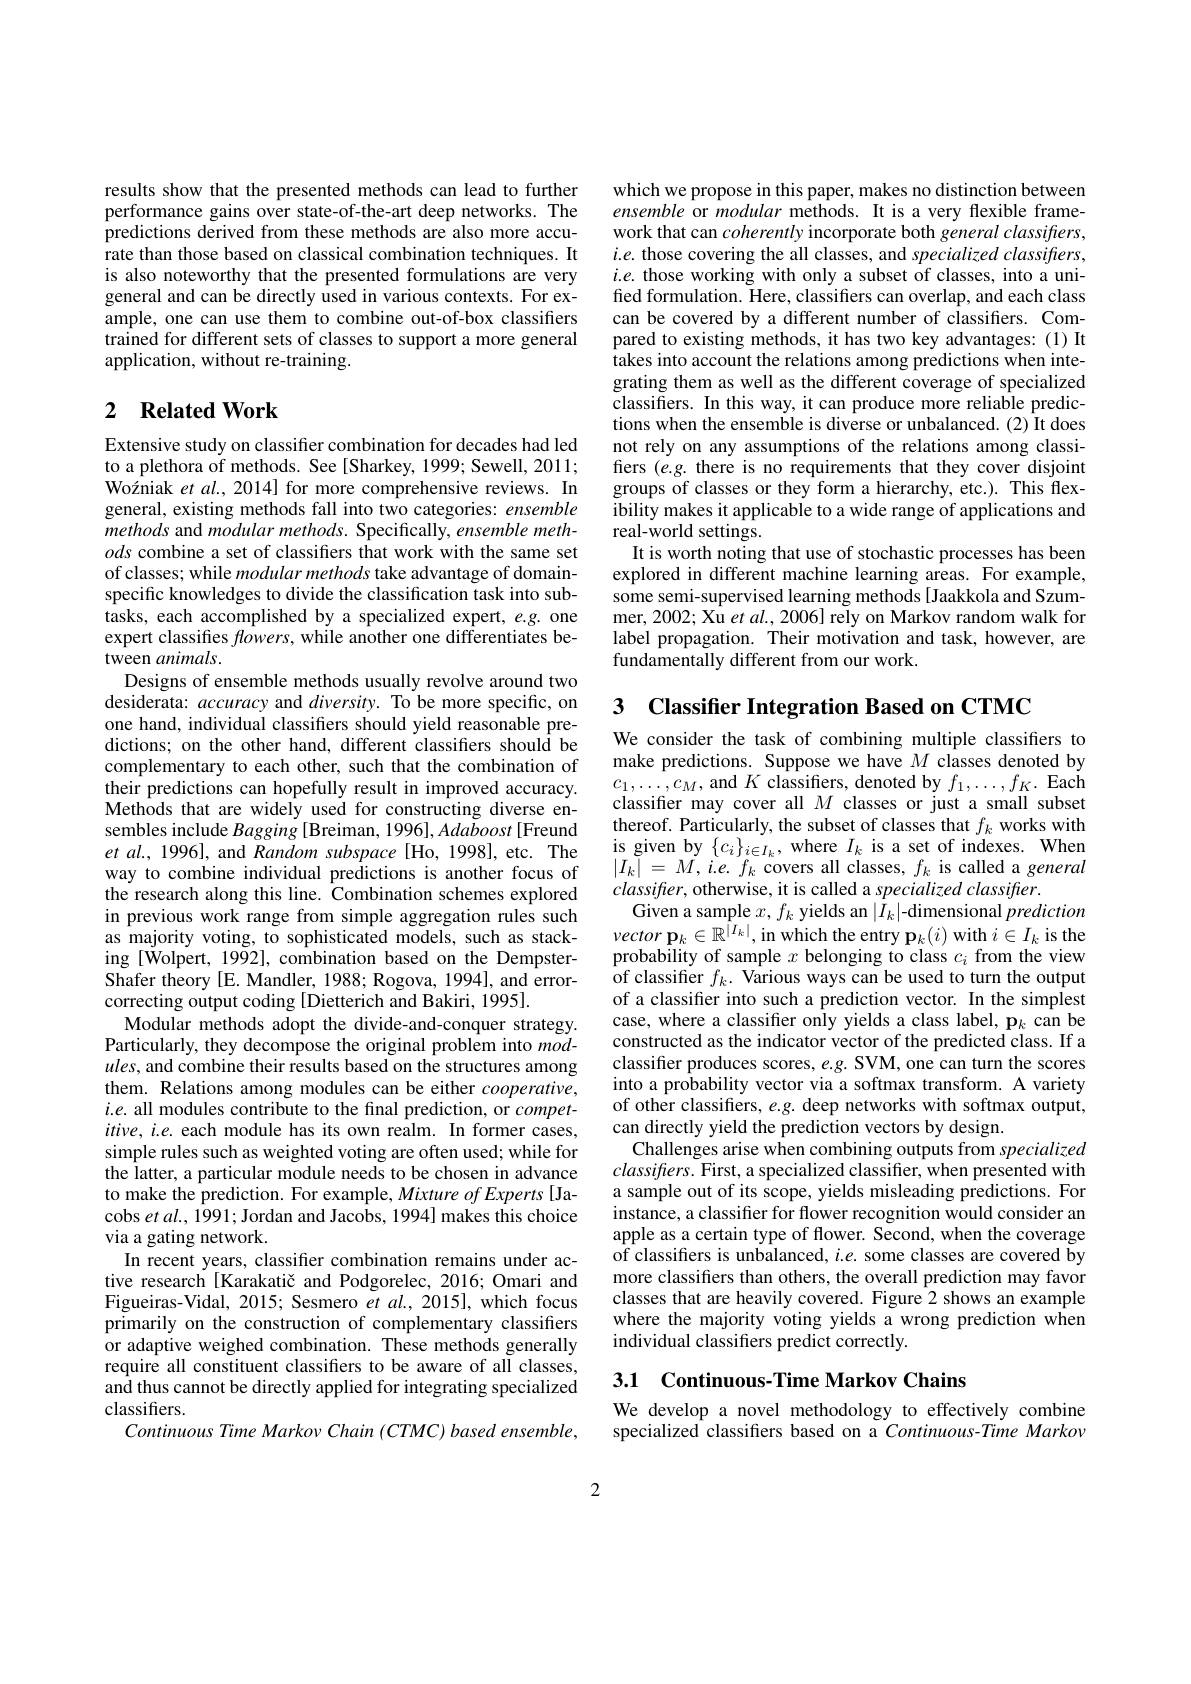
results show that the presented methods can lead to further performance gains over state-of-the-art deep networks. The predictions derived from these methods are also more accurate than those based on classical combination techniques. It is also noteworthy that the presented formulations are very general and can be directly used in various contexts. For example, one can use them to combine out-of-box classifiers trained for different sets of classes to support a more general application, without re-training.

## 2 $\textbf{Related Work}$

Extensive study on classifier combination for decades had led to a plethora of methods. See [Sharkey, 1999; Sewell, 2011; Wozniak et al., 2014] for more comprehensive reviews. In general, existing methods fall into two categories: ensemble methods and modular methods. Specifically, ensemble methods combine a set of classifiers that work with the same set of classes; while modular methods take advantage of domainspecific knowledges to divide the classification task into subtasks, each accomplished by a specialized expert, e.g. one expert classifies flowers, while another one differentiates between animals.
Designs of ensemble methods usually revolve around two desiderata: accuracy and diversity. To be more specific, on one hand, individual classifiers should yield reasonable predictions; on the other hand, different classifiers should be complementary to each other, such that the combination of their predictions can hopefully result in improved accuracy. Methods that are widely used for constructing diverse ensembles include Bagging [Breiman, 1996], Adaboost [Freund et al., 1996], and Random subspace[Ho, 1998], etc. The way to combine individual predictions is another focus of the research along this line. Combination schemes explored in previous work range from simple aggregation r
ing [Wolpert, 1992], combination based on the DempsterShafer theory [E. Mandler, 1988; Rogova, 1994], and errorcorrecting output coding [Dietterich and Bakiri, 1995].
Modular methods adopt the divide-and-conquer strategy. Particularly, they decompose the original problem into $mod-$ $ules$, and combine their results based on the structures among them. Relations among modules can be either $cooperative$, $i.e.$ all modules contribute to the final prediction, or $compet-$ $itive,i.e.$ each module has its own realm. In former cases, simple rules such as weighted voting are often used; while for the latter, a particular module needs to be chosen in advance to make the prediction. For example, Mixture of Experts [Jacobs et al., 1991; Jordan and Jacobs, 1994] makes this choice via a gating network.
In recent years, classifier combination remains under active research [Karakatič and Podgorelec, 2016; Omari and Figueiras-Vidal, 2015; Sesmero et $al.$, 2015], which focus primarily on the construction of complementary classifiers or adaptive weighed combination. These methods generally require all constituent classifiers to be aware of all classes, and thus cannot be directly applied for integrating specialized classifiers.
Continuous Time Markov Chain (CTMC) based ensemble,

which we propose in this paper, makes no distinction between ensemble or modular methods. It is a very flexible framework that can coherently incorporate both general classifiers, $i.e.$ those covering the all classes, and specialized classifiers, $i.e.$ those working with only a subset of classes, into a unified formulation. Here, classifiers can overlap, and each class can be covered by a different number of classifiers. Compared to existing methods, it has two key advantages: (1) It takes into account the relations among predictions when integrating them as well as the different coverage of specialized classifiers. In this way, it can produce more reliable predictions when the ensemble is diverse or unbalanced.(2) It does not rely on any assumptions of the relations among classifiers $(e.g.$ there is no requirements that they cover disjoint groups of classes or they form a hierarchy, etc.). This flexibility makes it applicable to a wide range of applications and real-world settings.
It is worth noting that use of stochastic processes has been explored in different machine learning areas. For example, some semi-supervised learning methods [Jaakkola and Szummer, 2002; Xu et $al.,2006]$ rely on Markov random walk for label propagation. Their motivation and task, however, are fundamentally different from our work.

3 Classifier Integration Based on CTMC

We consider the task of combining multiple classifiers to make predictions. Suppose we have $M$ classes denoted by $c_{1},\ldots,c_{M}$,and $K$ classifiers, denoted by $f_1,\ldots,f_{K}.$ Each classifier may cover all $M$ classes or just a small subset thereof. Particularly, the subset of classes that $f_k$ works with is given by $\{c_{i}\}_{i\in I_{k}}$,where $I_{k}$ is a set of indexes. When $|I_{k}|=M,i.e.f_{k}$ covers all classes, $f_k$ is called a general $classifter$, otherwise, it is called a specialized classifier.
probability of sample $x$ belonging to class $c_i$ from the view of classifier $f_k.$ Various ways can be used to turn the output of a classifier into such a prediction vector. In the simplest case, where a classifier only yields a class label, p_k can be constructed as the indicator vector of the predicted class. If a classifier produces scores, e.g. SVM, one can turn the scores into a probability vector via a softmax transform. A variety of other classifiers, $e.g.$ deep networks with softmax output, can directly yield the prediction vectors by design.
Challenges arise when combining outputs from specialized $classifiers.$ First, a specialized classifier, when presented with a sample out of its scope, yields misleading predictions. For instance, a classifier for flower recognition would consider an apple as a certain type of flower. Second, when the coverage of classifers is unbalanced, $i.e.$ some classes are covered by more classifiers than others, the overall prediction may favor classes that are heavily covered. Figure 2 shows an example where the majority voting yields a wrong prediction when individual classifiers predict correctly.

3.1 Continuous-Time Markov Chains

We develop a novel methodology to effectively combine specialized classifiers based on a Continuous-Time Markov

2